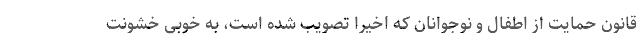
قانون حمایت از اطفال و نوجوانان که اخیرا تصویب شده است، به خوبی خشونت